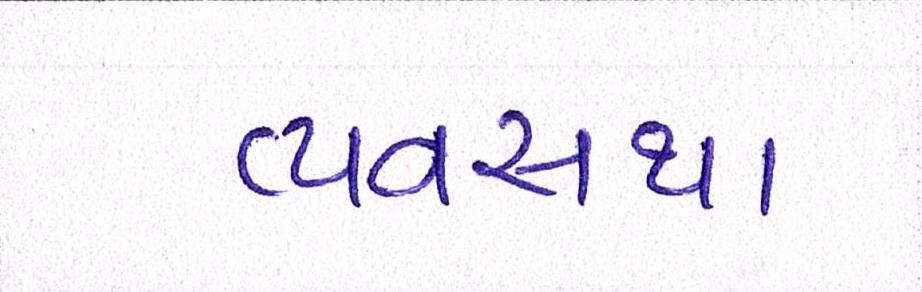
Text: વ્યવ્સથા